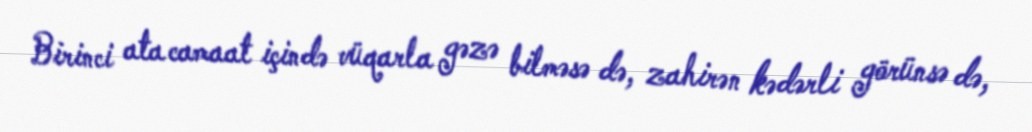
Birinci ata camaat içində vüqarla gəzə bilməsə də, zahirən kədərli görünsə də,